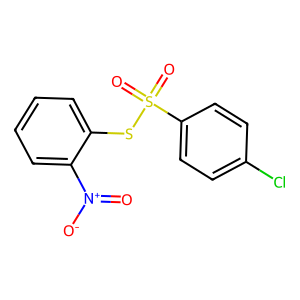
SMILES: O=[N+]([O-])c1ccccc1SS(=O)(=O)c1ccc(Cl)cc1
Inhibits HIV replication: No